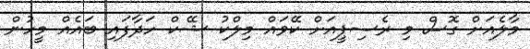
މާލެއަށް ގޮސް މި ރެސިޕީއަށް ކޭވައް މިލްކު ޝޭކް ހަދާފައި ބައެއް މީހުން